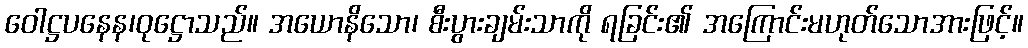
ဝေါဋ္ဌပနေန၊ဝုဋ္ဌောသည်။ အယောနိသော၊ စီးပွားချမ်းသာကို ရခြင်း၏ အကြောင်းမဟုတ်သောအားဖြင့်။